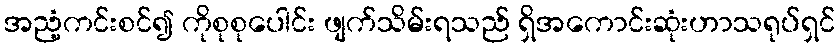
အညံ့ကင်းစင်၍ ကိုစုစုပေါင်း ဖျက်သိမ်းရသည် ရှိအကောင်းဆုံးဟာသရုပ်ရှင်